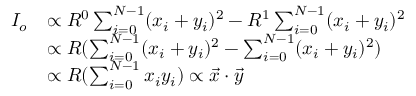
\begin{array} { r l } { I _ { o } } & { \propto R ^ { 0 } \sum _ { i = 0 } ^ { N - 1 } ( x _ { i } + y _ { i } ) ^ { 2 } - R ^ { 1 } \sum _ { i = 0 } ^ { N - 1 } ( x _ { i } + y _ { i } ) ^ { 2 } } \\ & { \propto R ( \sum _ { i = 0 } ^ { N - 1 } ( x _ { i } + y _ { i } ) ^ { 2 } - \sum _ { i = 0 } ^ { N - 1 } ( x _ { i } + y _ { i } ) ^ { 2 } ) } \\ & { \propto R ( \sum _ { i = 0 } ^ { N - 1 } x _ { i } y _ { i } ) \propto \Vec { x } \cdot \Vec { y } } \end{array}